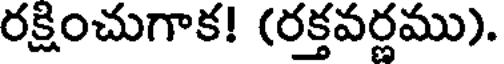
రక్షించుగాక! (రక్తవర్ణము).